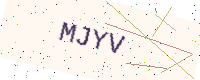
Text: MJYV